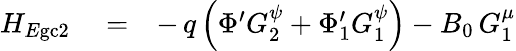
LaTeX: \begin{array}{rlr}{H_{E\mathrm{gc}2}}&{{}=}&{-\, q\left(\Phi^{\prime}G_{2}^{\psi}+\Phi_{1}^{\prime}G_{1}^{\psi}\right)-B_{0}\, G_{1}^{\mu}}\end{array}